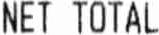
NET TOTAL